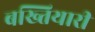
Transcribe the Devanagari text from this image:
बख्तियारी